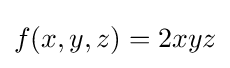
f(x,y,z)=2xyz